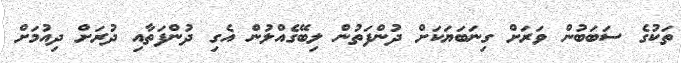
ތަކުގެ ސަބަބުން ވަރަށް ގިނަބަޔަކަށް ދުންފަތުން ލިބޭގެއްލުން އެގި ދުންފަތާއި ދުރަށް ދިއުމަށް